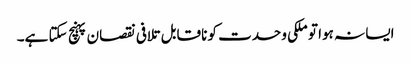
ایسا نہ ہوا تو ملکی وحدت کو ناقابل تلافی نقصان پہنچ سکتا ہے۔